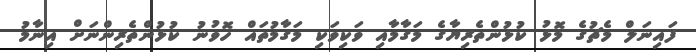
ފައިނަލް މެޗުގެ މޮޅު ކުޅުންތެރިޔާގެ މަގާމާއި ވަކިވަކި މަގާމުތައް ހޮވުނު ކުޅުންތެރިންނަށް އިނާމު